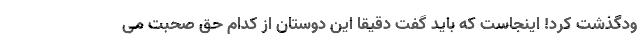
ودگذشت کرد! اینجاست که باید گفت دقیقا این دوستان از کدام حق صحبت می